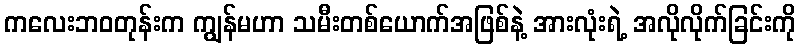
ကလေးဘဝတုန်းက ကျွန်မဟာ သမီးတစ်ယောက်အဖြစ်နဲ့ အားလုံးရဲ့ အလိုလိုက်ခြင်းကို